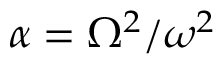
{ \alpha = \Omega ^ { 2 } / \omega ^ { 2 } }